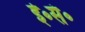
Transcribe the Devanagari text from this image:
ई॰सं॰